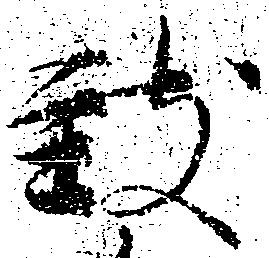
致